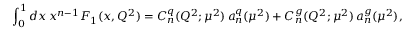
\int _ { 0 } ^ { 1 } { d } x \, x ^ { n - 1 } F _ { 1 } ( x , Q ^ { 2 } ) = C _ { n } ^ { q } ( Q ^ { 2 } ; \mu ^ { 2 } ) \, a _ { n } ^ { q } ( \mu ^ { 2 } ) + C _ { n } ^ { g } ( Q ^ { 2 } ; \mu ^ { 2 } ) \, a _ { n } ^ { g } ( \mu ^ { 2 } ) ,